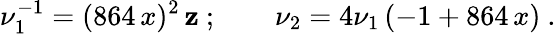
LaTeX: \nu_{1}^{-1}=(864\, x)^{2}\, \mathbf{z}\ ;\qquad\nu_{2}=4\nu_{1}\, (-1+864\, x)\ .